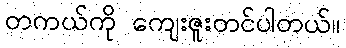
တကယ်ကို ကျေးဇူးတင်ပါတယ်။